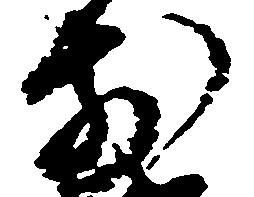
前